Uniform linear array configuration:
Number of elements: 32
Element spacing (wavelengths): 1
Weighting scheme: hamming
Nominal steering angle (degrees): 60
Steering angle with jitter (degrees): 60.574
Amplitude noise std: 0.05
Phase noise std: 0.05

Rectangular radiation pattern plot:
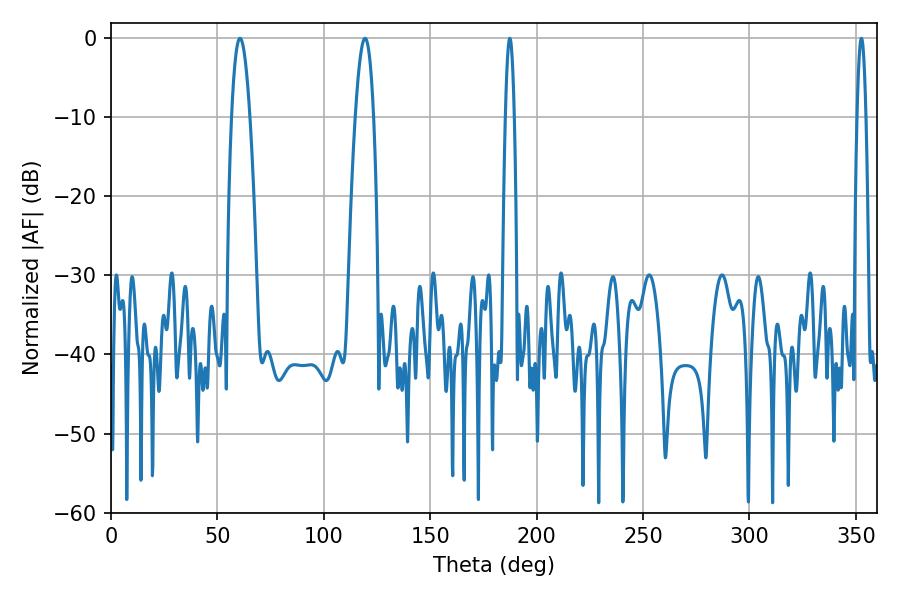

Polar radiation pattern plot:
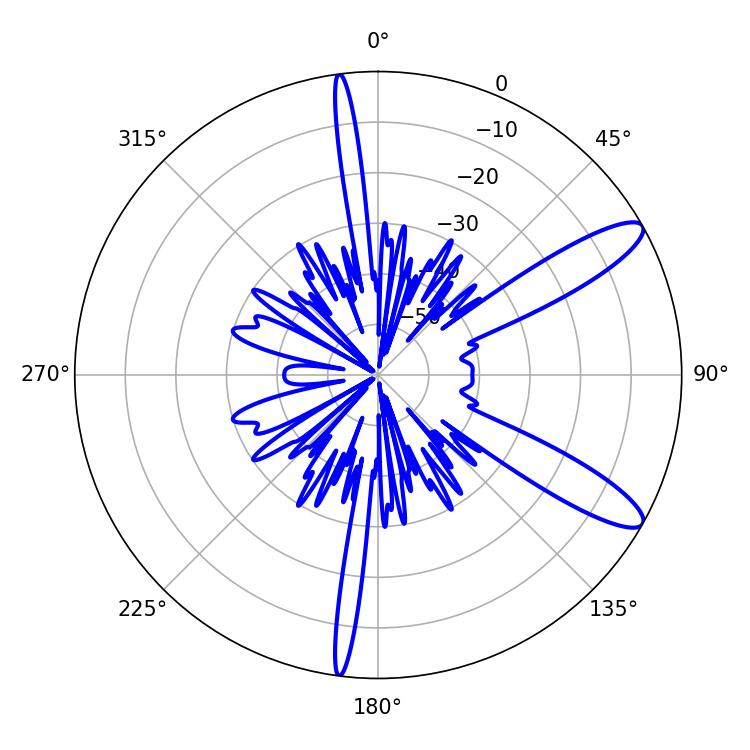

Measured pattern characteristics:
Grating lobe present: TRUE
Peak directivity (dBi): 11.413
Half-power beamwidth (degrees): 2.16
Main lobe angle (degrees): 187.38